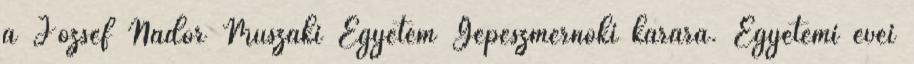
a József Nádor Műszaki Egyetem Gépészmérnöki karára. Egyetemi évei